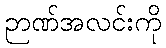
ဉာဏ်အလင်းကို